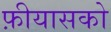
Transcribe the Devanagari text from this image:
फ़ीयासको